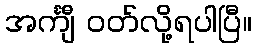
အင်္ကျီ ဝတ်လို့ရပါပြီ။